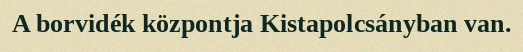
A borvidék központja Kistapolcsányban van.